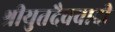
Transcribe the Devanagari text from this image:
श्रीयुतदैववादी